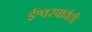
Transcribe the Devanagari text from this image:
ईश्वरपार्वती